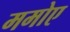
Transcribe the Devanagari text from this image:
ममोए